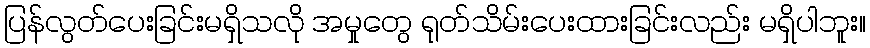
ပြန်လွတ်ပေးခြင်းမရှိသလို အမှုတွေ ရုတ်သိမ်းပေးထားခြင်းလည်း မရှိပါဘူး။